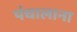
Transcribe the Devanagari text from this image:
पंचालाना